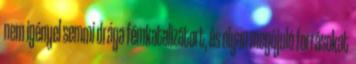
nem igényel semmi drága fémkatalizátort, és olyan megújuló forrásokat